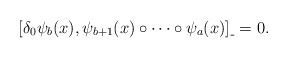
\begin{align*}[ \delta_0\psi_b(x), \psi_{b+1}(x)\circ\dots\circ\psi_{a}(x) ]_{\_} = 0 .\end{align*}